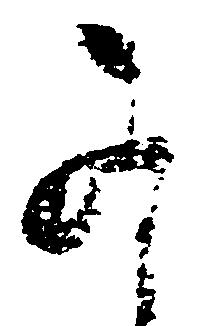
可